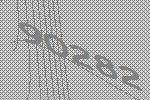
90282